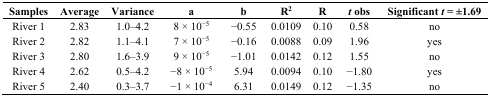
<table><thead><tr><td><b>Samples</b></td><td><b>Average</b></td><td><b>Variance</b></td><td><b>a</b></td><td><b>b</b></td><td><b>R<sup>2</sup></b></td><td><b>R</b></td><td><b><i>t</i> obs</b></td><td><b>Significant <i>t</i> = ±1.69</b></td></tr></thead><tbody><tr><td>River 1</td><td>2.83</td><td>1.0–4.2</td><td>8 × 10<sup>−5</sup></td><td>−0.55</td><td>0.0109</td><td>0.10</td><td>0.58</td><td>no</td></tr><tr><td>River 2</td><td>2.82</td><td>1.1–4.1</td><td>7 × 10<sup>−5</sup></td><td>−0.16</td><td>0.0088</td><td>0.09</td><td>1.96</td><td>yes</td></tr><tr><td>River 3</td><td>2.80</td><td>1.6–3.9</td><td>9 × 10<sup>−5</sup></td><td>−1.01</td><td>0.0142</td><td>0.12</td><td>1.55</td><td>no</td></tr><tr><td>River 4</td><td>2.62</td><td>0.5–4.2</td><td>−8 × 10<sup>−5</sup></td><td>5.94</td><td>0.0094</td><td>0.10</td><td>−1.80</td><td>yes</td></tr><tr><td>River 5</td><td>2.40</td><td>0.3–3.7</td><td>−1 × 10<sup>−4</sup></td><td>6.31</td><td>0.0149</td><td>0.12</td><td>−1.35</td><td>no</td></tr></tbody></table>